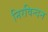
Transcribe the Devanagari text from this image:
निरविन्दन